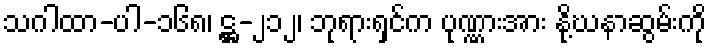
သဂါထာ-ပါ-၁၆၈၊ ဋ္ဌ-၂၁၂၊ ဘုရားရှင်က ပုဏ္ဏားအား နို့ဃနာဆွမ်းကို